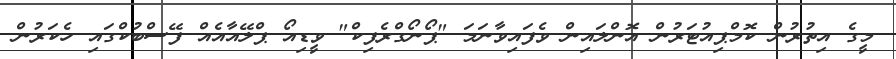
މީގެ އިތުރުން ކޮމްޕިއުޓަރުން އޮންލައިން ވެފައިވާނަމަ "ޕޯނޯގްރެފިކް" ވީޑިއޯ ޕްލޭއާއެއް ފޭސްބުކްގައި ހެކަރުން